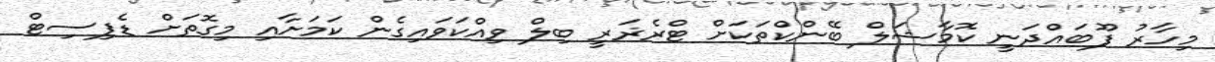
މިހާރު ފޫބައްދަނީ ކޮމާޝަލް ބޭންކްތަކަށް ޓްރެޜަރީ ބިލް ވިއްކަވައިގެން ކަމަށާއި މިގޮތަށް ޑެފިސިޓް